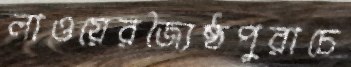
লাওয়েরজ্যৈষ্ঠপুরাচে